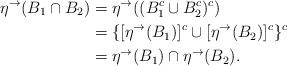
LaTeX: \begin{align*}\eta^\rightarrow(B_1 \cap B_2) & = \eta^\rightarrow((B_1^c \cup B_2^c)^c) \\& = \{[\eta^\rightarrow(B_1)]^c \cup [\eta^\rightarrow(B_2)]^c\}^c \\& = \eta^\rightarrow(B_1) \cap \eta^\rightarrow(B_2).\end{align*}